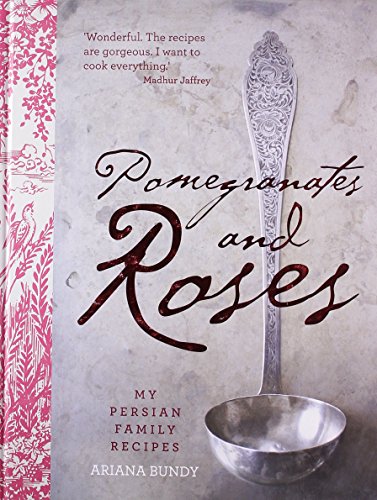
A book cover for Pomegranates and Roses: My Persian Family Recipes; Ariana Bundy; Cookbooks, Food & Wine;